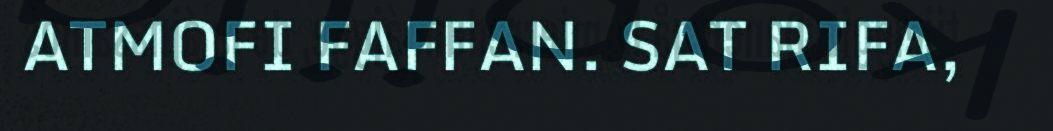
ATMOFI FAFFAN. SAT RIFA,